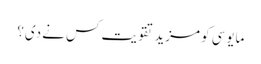
مایوسی کو مزید تقویت کس نے دی؟